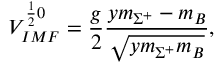
V _ { I M F } ^ { \frac { 1 } { 2 } 0 } = \frac { g } { 2 } \frac { y m _ { \Sigma ^ { + } } - m _ { B } } { \sqrt { y m _ { \Sigma ^ { + } } m _ { B } } } ,